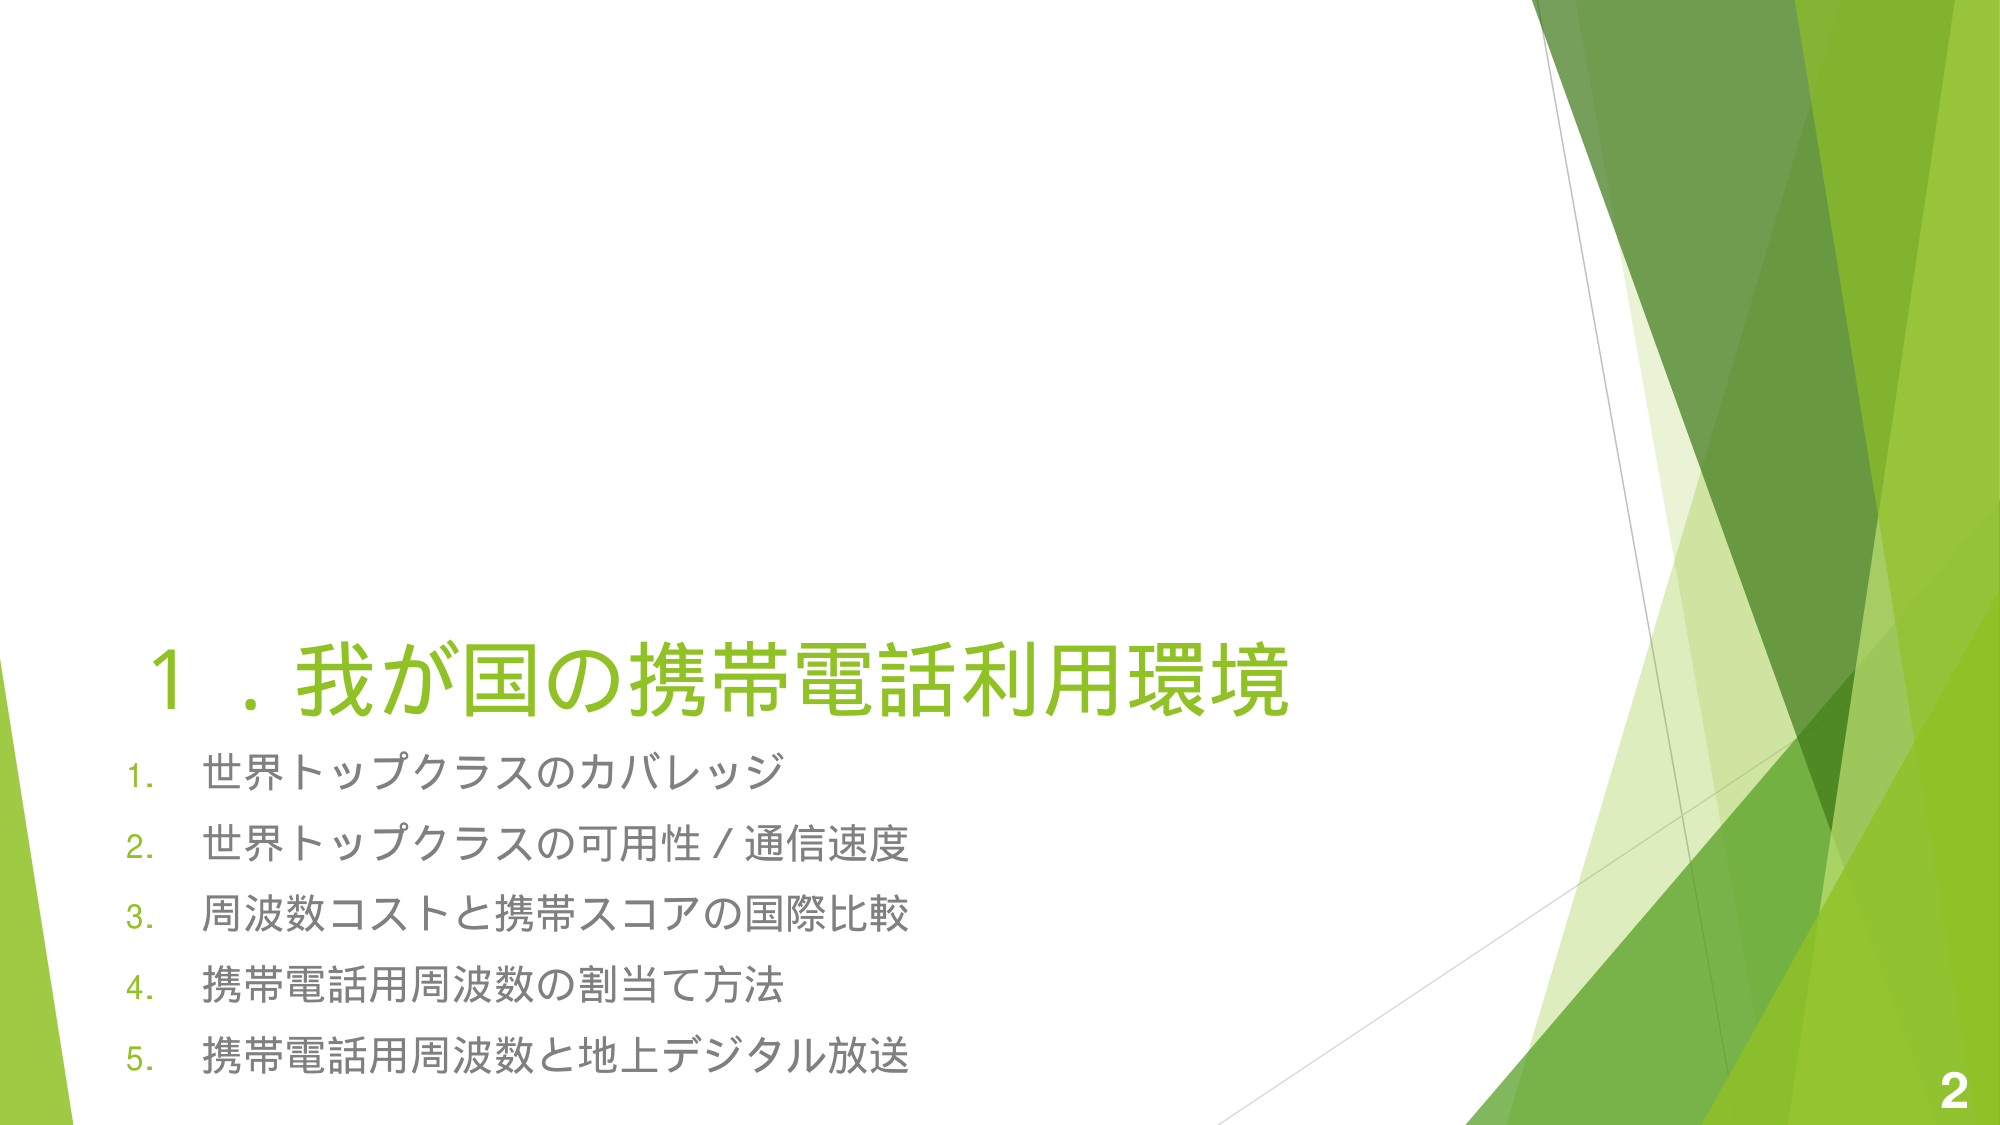
1．我が国の携帯電話利用環境
1. 世界トップクラスのカバレッジ
2. 世界トップクラスの可用性／通信速度
3. 周波数コストと携帯スコアの国際比較
4. 携帯電話用周波数の割当て方法
5. 携帯電話用周波数と地上デジタル放送
2